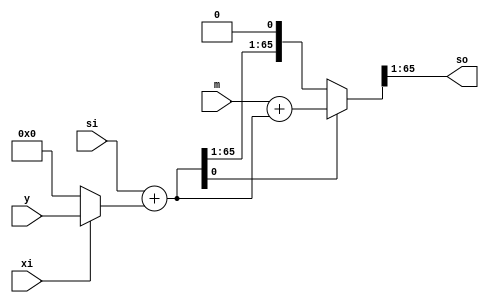
/*
*   Name        :Radix-2 Montgomery multiplication algorithm,single unit
*   Description :
*   Orirgin     :20200706
*   Author      :
*/
module mm_r2mm
#(
    parameter K = 64
)
(
    input   wire            xi  ,
    input   wire [K-1  :0]  y   ,
    input   wire [K-1  :0]  m   ,

    input   wire [K+1-1:0]  si  ,
    output  wire [K+1-1:0]  so  
);
wire [K+2-1:0]a;
wire [K-1  :0]ximuly;
wire [K+2-1:0]buf0;
assign        ximuly =  xi  ==1'd1 ? y            : {(K){1'd0}} ;
assign        a      =  si + {1'd0,ximuly};
assign        buf0   =  a[0]==1'd1 ? ({2'd0,m}+a) : a           ;
assign        so     =  buf0>>1;
endmodule